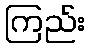
ကြည်း